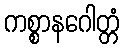
ကစ္စာနဂေါတ္တံ